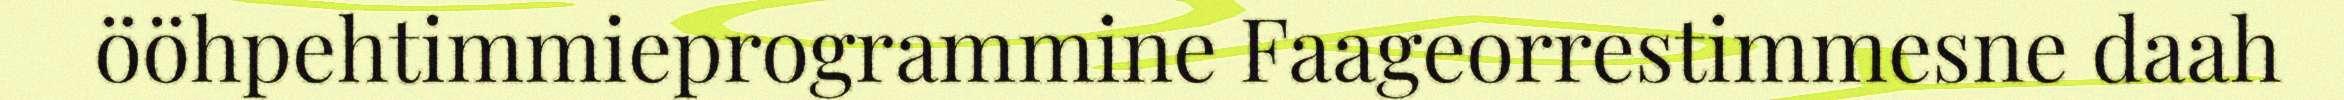
ööhpehtimmieprogrammine Faageorrestimmesne daah